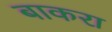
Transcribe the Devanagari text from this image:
बाकरा